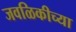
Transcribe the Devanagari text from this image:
जवळिकीच्या